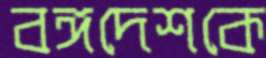
বঙ্গদেশকে